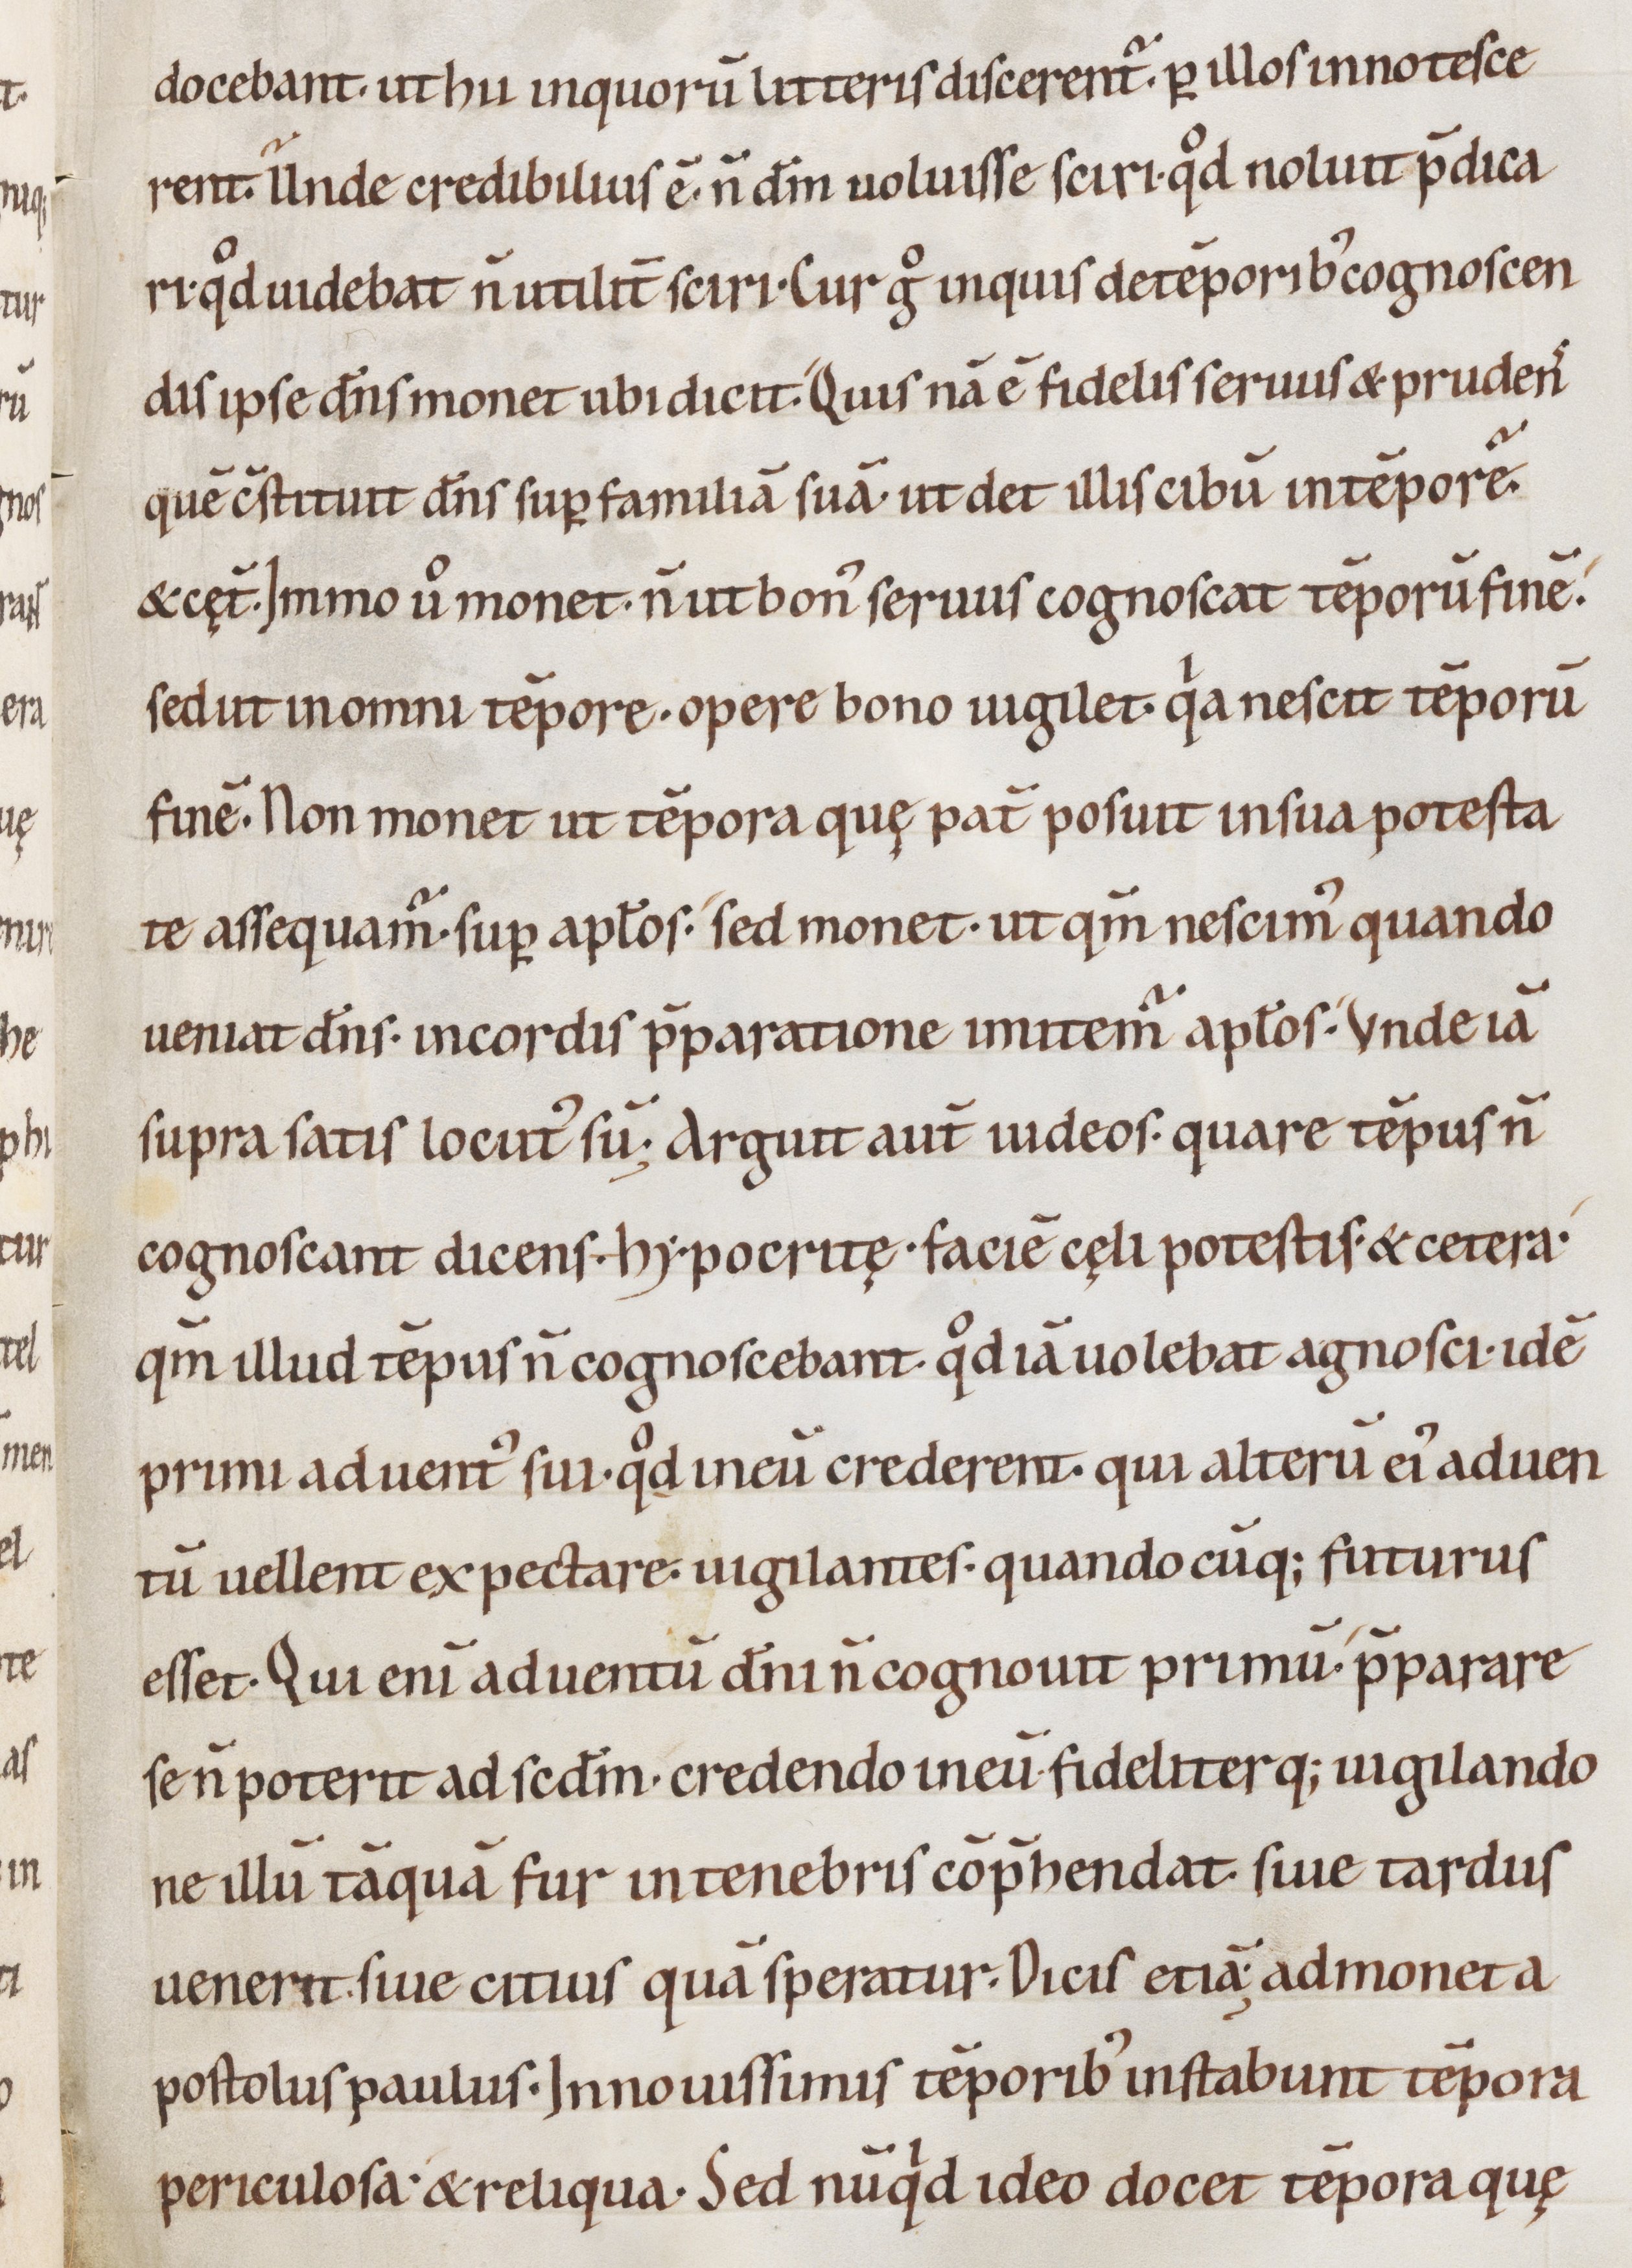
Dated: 1000–1099